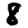
Digit: 8